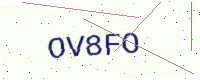
Text: OV8FO